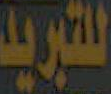
للتبريد